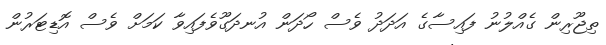
ތިޖޫރިން ގެއްލުނު ފައިސާގެ އަދަދު ވެސް ހޯދަން އުނދަގޫވެފައިވާ ކަމަށް ވެސް އޮޑިޓަރުން